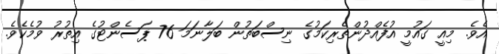
އެވެ. މިއީ ގައުމީ އުފެއްދުންތެރިކަމުގެ ނިސްބަތުން ބަލާނަމަ 76 ޕަސެންޓުގެ އިތުރު ވުމެކެވެ.